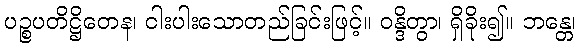
ပဉ္စပတိဋ္ဌိတေန၊ ငါးပါးသောတည်ခြင်းဖြင့်။ ဝန္ဒိတွာ၊ ရှိခိုး၍။ ဘန္တေ၊